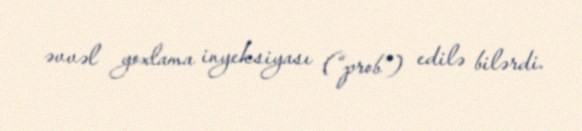
əvvəl yoxlama inyeksiyası (“prob”) edilə bilərdi.